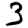
Digit: 3